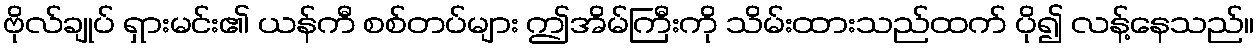
ဗိုလ်ချုပ် ရှားမင်း၏ ယန်ကီ စစ်တပ်များ ဤအိမ်ကြီးကို သိမ်းထားသည်ထက် ပို၍ လန့်နေသည်။